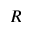
R